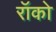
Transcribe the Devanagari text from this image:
रॉको